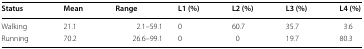
| Status | Mean | Range | L1 (%) | L2 (%) | L3 (%) | L4 (%) |
 | --- | --- | --- | --- | --- | --- | --- |
 | Walking | 21.1 | 2.1–59.1 | 0 | 60.7 | 35.7 | 3.6 |
 | Running | 70.2 | 26.6–99.1 | 0 | 0 | 19.7 | 80.3 |